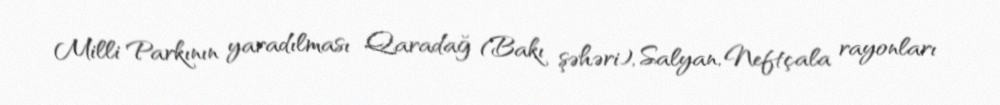
Milli Parkının yaradılması Qaradağ (Bakı şəhəri), Salyan, Neftçala rayonları